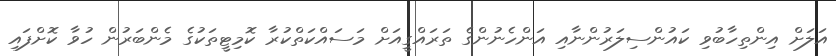
އަލަށް އިންތިހާބުވި ކައުންސިލަރުންނާއި އަންހެނުންގެ ތަރައްގީއަށް މަސައްކަތްކުރާ ކޮމިޓީތަކުގެ މެންބަރުން ހުވާ ކޮށްފައި